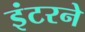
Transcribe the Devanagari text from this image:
इंटरने